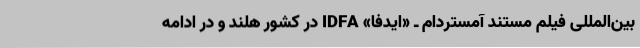
بین‌المللی فیلم مستند آمستردام ـ «ایدفا» IDFA در کشور هلند و در ادامه